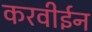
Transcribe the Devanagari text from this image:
करवीईन